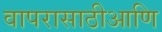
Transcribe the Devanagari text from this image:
वापरासाठीआणि